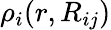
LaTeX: \rho_{i}(r,R_{ij})